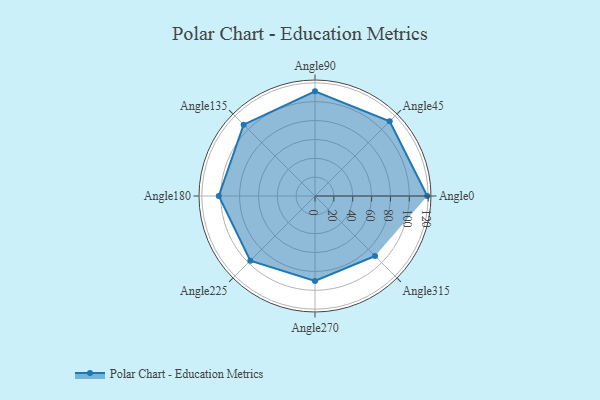
{"axis": {"x": "Angle", "y": "Radius"}, "legend": [""], "data": [{"x": "Angle0", "y": 119.0, "type": ""}, {"x": "Angle45", "y": 112.0, "type": ""}, {"x": "Angle90", "y": 111.0, "type": ""}, {"x": "Angle135", "y": 107.0, "type": ""}, {"x": "Angle180", "y": 102.0, "type": ""}, {"x": "Angle225", "y": 97.0, "type": ""}, {"x": "Angle270", "y": 90.0, "type": ""}, {"x": "Angle315", "y": 90.0, "type": ""}]}